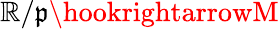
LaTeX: \mathbb{R}/{\mathfrak{{p}}}\hookrightarrowM